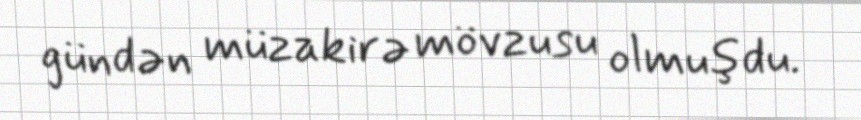
gündən müzakirə mövzusu olmuşdu.